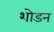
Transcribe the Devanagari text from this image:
शोडन